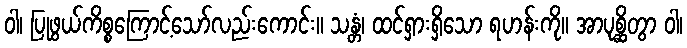
ဝါ၊ ပြုဖွယ်ကိစ္စကြောင့်သော်လည်းကောင်း။ သန္တံ၊ ထင်ရှားရှိသော ရဟန်းကို။ အာပုစ္ဆိတွာ ဝါ၊